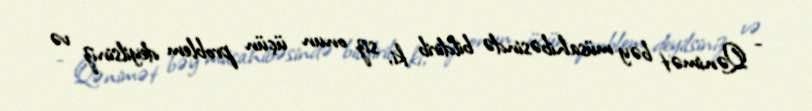
- Qənimət bəy müsahibəsində bildirib ki, siz onun üçün problem deyilsiniz və